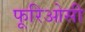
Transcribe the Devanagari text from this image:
फूरिओसी